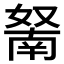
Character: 𱙬